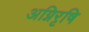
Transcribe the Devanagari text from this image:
अग्निरृषि